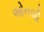
ઓનલી